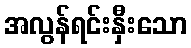
အလွန်ရင်းနှီးသော